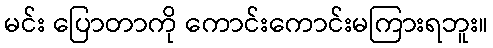
မင်း ပြောတာကို ကောင်းကောင်းမကြားရဘူး။